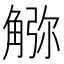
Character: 𧤆